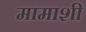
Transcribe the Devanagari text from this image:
मामाशी